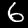
Digit: 6